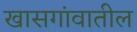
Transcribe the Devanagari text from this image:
खासगांवातील